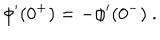
\phi ^ { \prime } ( 0 ^ { + } ) = - \phi ^ { \prime } ( 0 ^ { - } ) ~ .